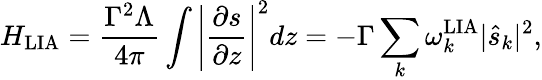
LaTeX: H_{\mathrm{LIA}}=\frac{\Gamma^{2}\Lambda}{4\pi}\int\left\lvert\frac{\partial s}{\partial z}\right\lvert^{2}dz=-\Gamma\sum_{k}\omega_{k}^{\mathrm{LIA}}\lvert\hat{s}_{k}\lvert^{2},